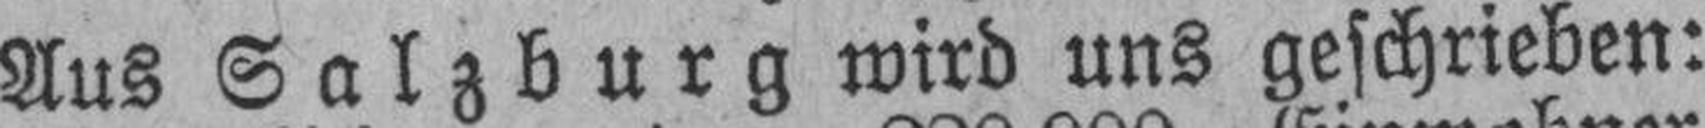
Aus Salzburg wird uns geschrieben: